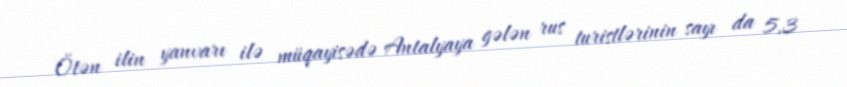
Ötən ilin yanvarı ilə müqayisədə Antalyaya gələn rus turistlərinin sayı da 5,3